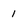
Character: 1